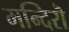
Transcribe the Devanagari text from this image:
मन्दिरॊ